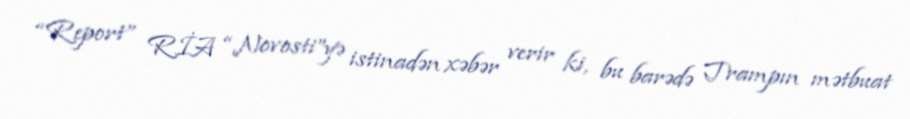
“Report” RİA “Novosti”yə istinadən xəbər verir ki, bu barədə Trampın mətbuat